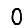
Digit: 0